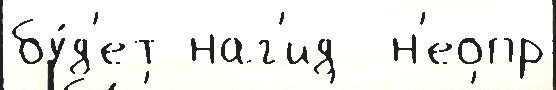
бу́д'ет наг'ид  н'еопр